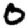
Digit: 0